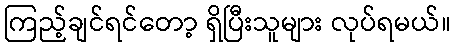
ကြည့်ချင်ရင်တော့ ရှိပြီးသူများ လုပ်ရမယ်။